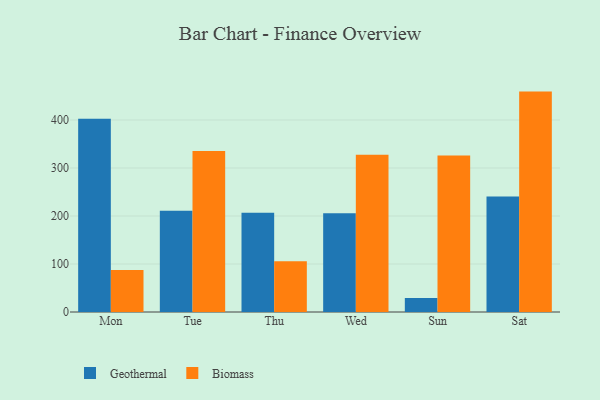
{"axis": {"x": "Day", "y": "Bounce Rate (%)"}, "legend": ["Biomass", "Geothermal"], "data": [{"x": "Mon", "y": 402.4, "type": "Geothermal"}, {"x": "Mon", "y": 87.7, "type": "Biomass"}, {"x": "Tue", "y": 211.0, "type": "Geothermal"}, {"x": "Tue", "y": 335.2, "type": "Biomass"}, {"x": "Thu", "y": 206.6, "type": "Geothermal"}, {"x": "Thu", "y": 105.5, "type": "Biomass"}, {"x": "Wed", "y": 205.7, "type": "Geothermal"}, {"x": "Wed", "y": 327.4, "type": "Biomass"}, {"x": "Sun", "y": 29.1, "type": "Geothermal"}, {"x": "Sun", "y": 325.9, "type": "Biomass"}, {"x": "Sat", "y": 240.7, "type": "Geothermal"}, {"x": "Sat", "y": 459.1, "type": "Biomass"}]}